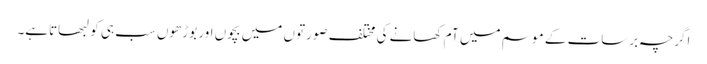
اگرچہ برسات کے موسم میں آم کھانے کی مختلف صورتوں میں بچوں اور بوڑھوں سب ہی کو لبھاتاہے۔